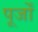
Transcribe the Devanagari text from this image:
पूर्जों